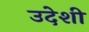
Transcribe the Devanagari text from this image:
उदेशी